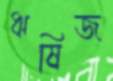
ঋষিজ